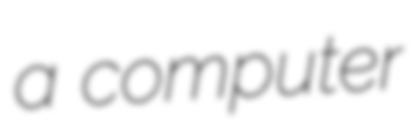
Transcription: a computer